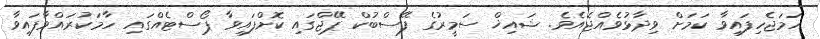
ހަމަޖެހިފައިވާ ކަމަށް ވިދާޅުވެއްޖެއެވެ. ޝައިޚް ސަމީރުގެ ފޭސްބުކް ޕޭޖްގައި ކޮށްފައިވާ ޕޯސްޓެއްގައި ހާމަކުރައްވާފައިވާ